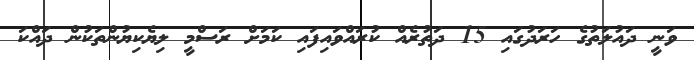
ވަނީ ދައުލަތުގެ ހަރަދުގައި 15 ދަތުރެއް ކުރައްވައިފައި ކަމަށް ރަސްމީ ލިޔެކިޔުންތަކުން ދައްކަ